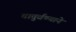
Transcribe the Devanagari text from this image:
चातुर्वण्याने